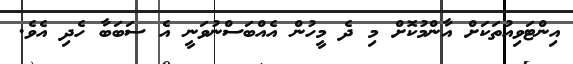
އިންޓަވިއުތަކަށް އާންމުކޮށް މި ދެ މީހުން އެއްބަސްނުވަނީ އެ ސަބަބާ ހެދި އެވެ.